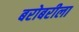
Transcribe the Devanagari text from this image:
बरोबरीला